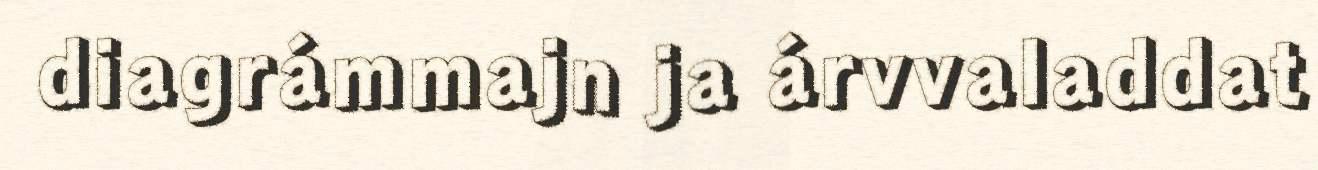
diagrámmajn ja árvvaladdat